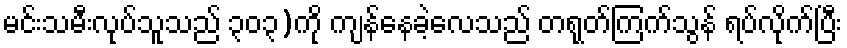
မင်းသမီးလုပ်သူသည် ၃၀၃)ကို ကျန်နေခဲ့လေသည် တရုတ်ကြက်သွန် ရပ်လိုက်ပြီး